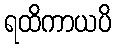
ရထိကာယပိ